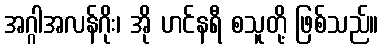
အဂ္ဂါအလန်ဂိုး၊ အို ဟင်နရီ စသူတို့ ဖြစ်သည်။